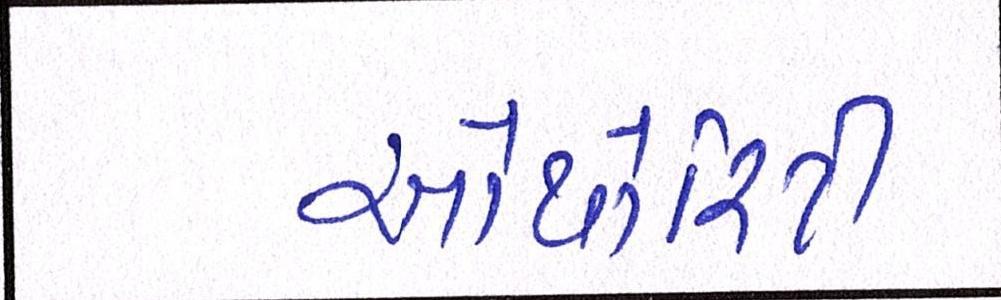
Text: ઓથોરિટી